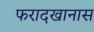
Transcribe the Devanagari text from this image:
फरादखानास